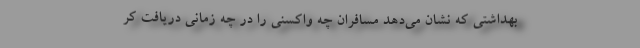
بهداشتی که نشان می‌دهد مسافران چه واکسنی را در چه زمانی دریافت کر